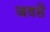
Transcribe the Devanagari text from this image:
जवसे